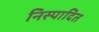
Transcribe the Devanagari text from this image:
निस्पादित